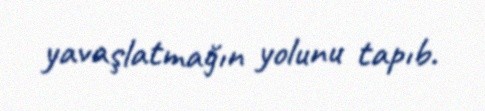
yavaşlatmağın yolunu tapıb.